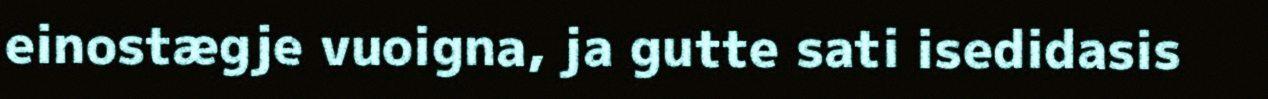
einostægje vuoigna, ja gutte sati isedidasis